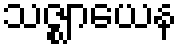
သဇ္ဈာယေန